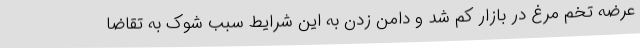
عرضه تخم مرغ در بازار کم شد و دامن زدن به این شرایط سبب شوک به تقاضا